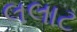
લલાટ